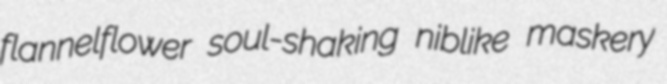
flannelflower soul-shaking niblike maskery